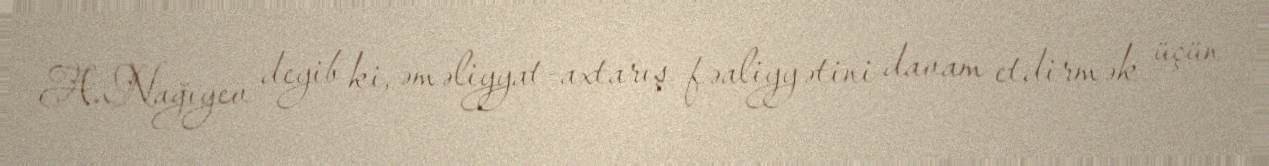
A.Nağıyev deyib ki, əməliyyat-axtarış fəaliyyətini davam etdirmək üçün